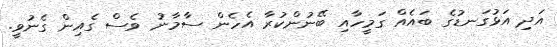
އަދި އަޅުގަނޑުގެ ބައެއް ގަމީހާއި ބޭނުންކުރާ އެހެން ސާމާނު ވެސް ގެއިން ގެނުވީ.